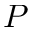
P